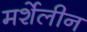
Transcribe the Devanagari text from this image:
मर्शेलीन